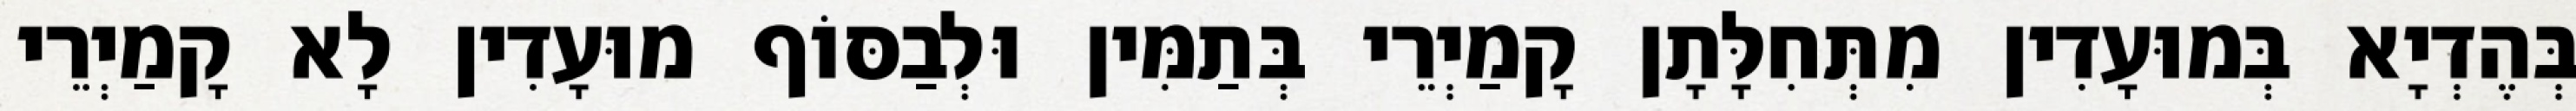
בְּהֶדְיָא בְּמוּעָדִין מִתְּחִלָּתָן קָמַיְרֵי בְּתַמִּין וּלְבַסּוֹף מוּעָדִין לָא קָמַיְרֵי